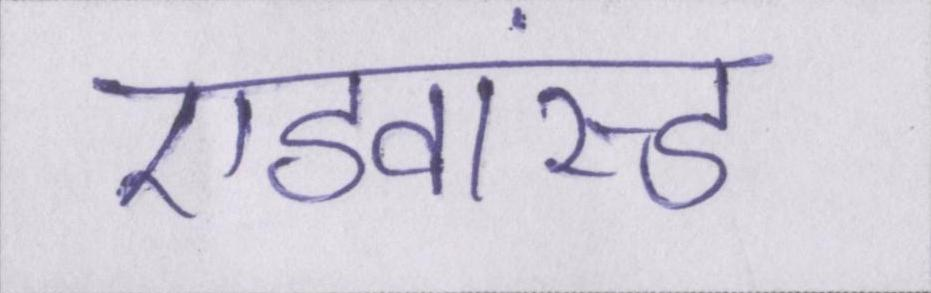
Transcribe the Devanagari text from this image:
एडवांस्ड